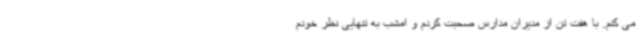
می کنم. با هفت تن از مدیران مدارس صحبت کردم و امشب به تنهایی نظر خودم